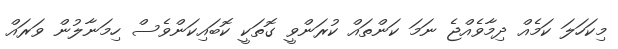
މިކަހަލަ ކަމެއް ދިމާވެއްޖެ ނަމަ ކަންތައް ކުރަންވީ ގޮތަކީ ކޮބައިކަންވެސް ހިމަނާލުން ވަރައް